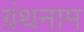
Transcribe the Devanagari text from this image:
ग्रंथनाम